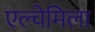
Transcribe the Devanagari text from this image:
एल्चेमिला